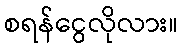
စရန်ငွေလိုလား။